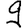
Digit: 9